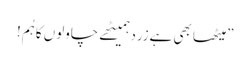
”میٹھا بھی ہےزردہمیٹھے چاولوں کاہُم!